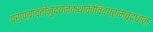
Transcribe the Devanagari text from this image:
प्राप्यावंतीनुदयनकथाकोविदग्रामवृद्धान्